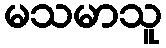
မသမာသူ